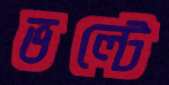
ভল্টে